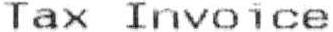
TAX INVOICE